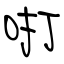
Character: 咑